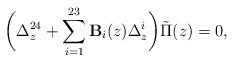
LaTeX: \begin{align*}\biggl(\Delta_z^{24}+\sum_{i=1}^{23}{\bf B}_i(z)\Delta_z^i\biggr)\tilde{\Pi}(z)=0,\end{align*}